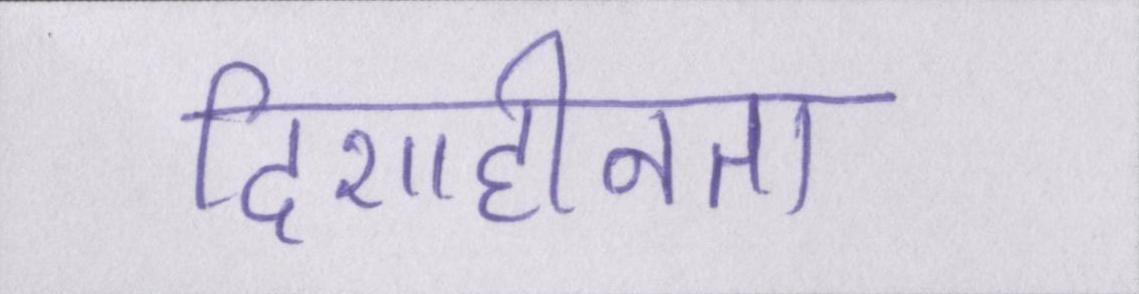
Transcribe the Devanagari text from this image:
दिशाहीनता